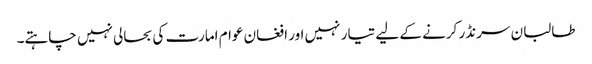
طالبان سرنڈر کرنے کے لیے تیار نہیں اور افغان عوام امارت کی بحالی نہیں چاہتے۔